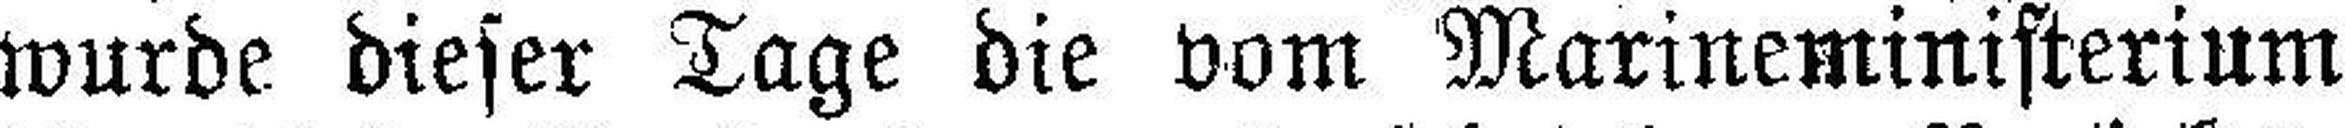
wurde dieser Tage die vom Marineministerium